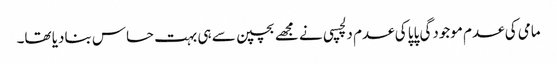
مامی کی عدم موجودگی پاپا کی عدم دلچسپی نے مجھے بچپن سے ہی بہت حساس بنادیا تھا۔